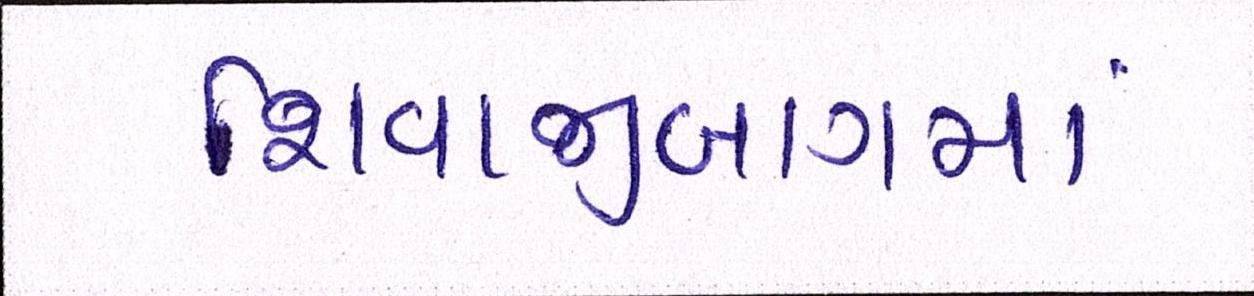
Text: શિવાજીબાગમાં